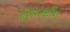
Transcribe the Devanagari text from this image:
हॉन्गकाँग